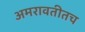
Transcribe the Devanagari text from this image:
अमरावतीतच